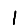
Digit: 1